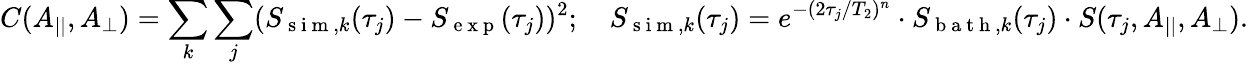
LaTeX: C(A_{||},A_{\perp})=\sum_{k}\sum_{j}(S_{\mathrm{~s~i~m~},k}(\tau_{j})-S_{\mathrm{~e~x~p~}}(\tau_{j}))^{2};\quad S_{\mathrm{~s~i~m~},k}(\tau_{j})=e^{-(2\tau_{j}/T_{2})^{n}}\cdot S_{\mathrm{~b~a~t~h~},k}(\tau_{j})\cdot S(\tau_{j},A_{||},A_{\perp}).